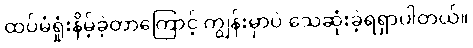
ထပ်မံရှုံးနိမ့်ခဲ့တာကြောင့် ကျွန်းမှာပဲ သေဆုံးခဲ့ရရှာပါတယ်။